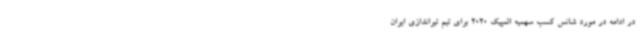
در ادامه در مورد شانس کسب سهمیه المپیک 2020 برای تیم تیراندازی ایران